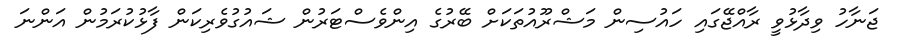
ޖަނާހު ވިދާޅުވީ ރާއްޖޭގައި ހައުސިން މަޝްރޫއުތަކަށް ބޭރުގެ އިންވެސްޓަރުން ޝައުގުވެރިކަން ފާޅުކުރަމުން އަންނަ